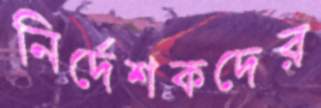
নির্দেশকদের